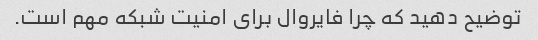
توضیح دهید که چرا فایروال برای امنیت شبکه مهم است.